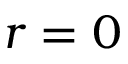
r = 0